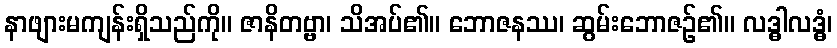
နာဖျားမကျန်းရှိသည်ကို။ ဇာနိတဗ္ဗာ၊ သိအပ်၏။ ဘောဇနဿ၊ ဆွမ်းဘောဇဉ်၏။ လဒ္ဓါလဒ္ဓံ၊